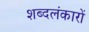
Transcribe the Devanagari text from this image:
शब्दलंकारों